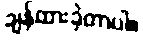
ချန်ထားခဲ့တာပါ။